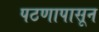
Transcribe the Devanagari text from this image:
पठणापासून